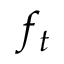
f _ { t }